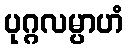
ပုဂ္ဂလမ္ပာဟံ